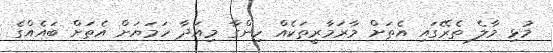
މުޅި މާލެ ތެރޭގައި އެތަށް މާރަމާރީތަކެއް ހިންގާ މިއަދާ ހަމަޔަށް އެތަށް ބައެއްގެ